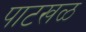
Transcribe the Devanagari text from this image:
पाटखळ